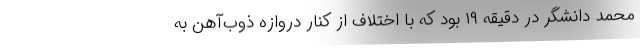
محمد دانشگر در دقیقه ۱۹ بود که با اختلاف از کنار دروازه ذوب‌آهن به